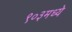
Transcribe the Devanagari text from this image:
९०३मध्ये